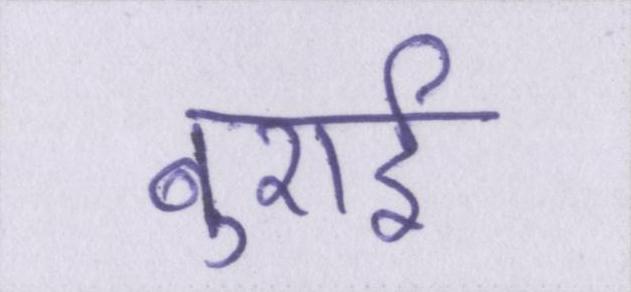
बुराई